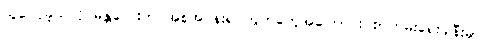
သူဝေငှခဲ့သလို မန္တလေးက အစုအငန်းရပ်ကွက်တွေအကြောင်း စာတမ်းရေးခါနီးမှာ